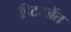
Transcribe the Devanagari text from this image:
डिटरजेंत